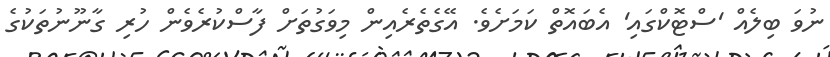
ނުވަ ބިލެއް 'ސްޓޮކްގައި' އެބައޮތް ކަމަށެވެ. އޭގެތެރެއިން މިވަގުތަށް ފާސްކުރެވެން ހުރި ގާނޫނުތަކުގެ